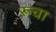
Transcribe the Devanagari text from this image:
रूचा